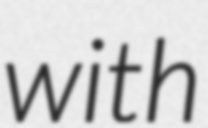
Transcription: with